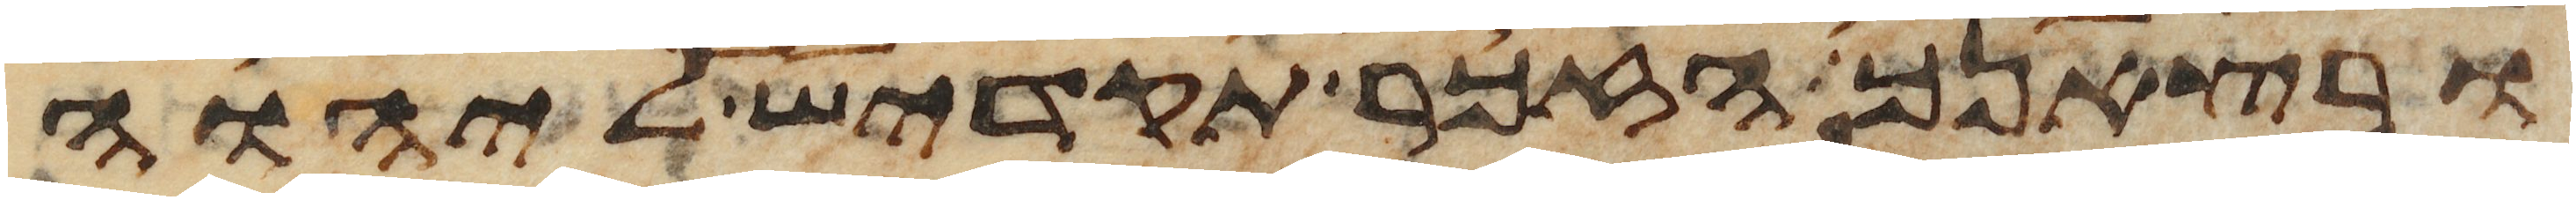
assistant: ובצאנך הזכר תקדיש ליהוה